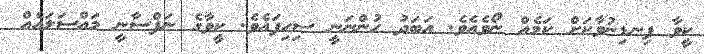
ކީވާ ފިނޑިނުވާކަށް ކަމެއް ނޯވެއެވެ. އަބަދު ހުންނަނީ ސިހިފައެވެ. ކީވާގެ ނަފްސާނީ މައްސަލައެއް